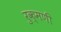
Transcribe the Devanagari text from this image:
रुक्‍मणी